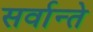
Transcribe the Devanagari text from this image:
सर्वान्ते